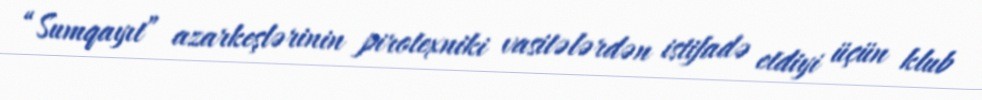
“Sumqayıt” azarkeşlərinin pirotexniki vasitələrdən istifadə etdiyi üçün klub